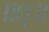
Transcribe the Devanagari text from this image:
॥धृ॥